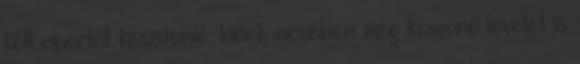
kell riportot készítenie, kinek nevében még köszönő levelet is